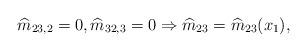
LaTeX: \begin{align*}\widehat{ {m}}_{23,2}=0,\widehat{ {m}}_{32,3}=0\Rightarrow \widehat{ {m}}_{23}=\widehat{ {m}}_{23}(x_1),\end{align*}